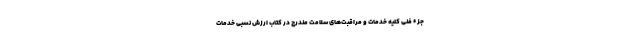
جزء فنی کلیه خدمات و مراقبت‌های سلامت مندرج در کتاب ارزش نسبی خدمات